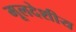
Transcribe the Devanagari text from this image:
मूलदेशीय